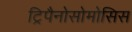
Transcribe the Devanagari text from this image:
ट्रिपैनोसोमोसिस